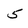
Character: 5